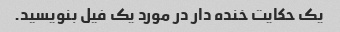
یک حکایت خنده دار در مورد یک فیل بنویسید.